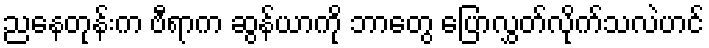
ညနေတုန်းက ဗီရာက ဆွန်ယာကို ဘာတွေ ပြောလွှတ်လိုက်သလဲဟင်